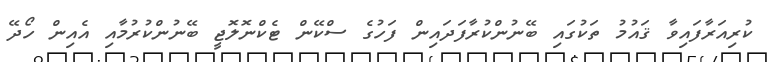
ކުރިއަރާފައިވާ ޤައުމު ތަކުގައި ބޭނުންކުރާފަދައިން ފަހުގެ ސްކޭން ޓެކްނޮލޮޖީ ބޭނުންކުރުމާއި އެއިން ހޯދޭ